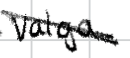
Text: Valga.
Cross-out: diagonal
Writing tool: digital_black